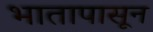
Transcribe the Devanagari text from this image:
भातापासून